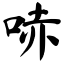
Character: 哧